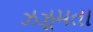
ઝઝૂમતા